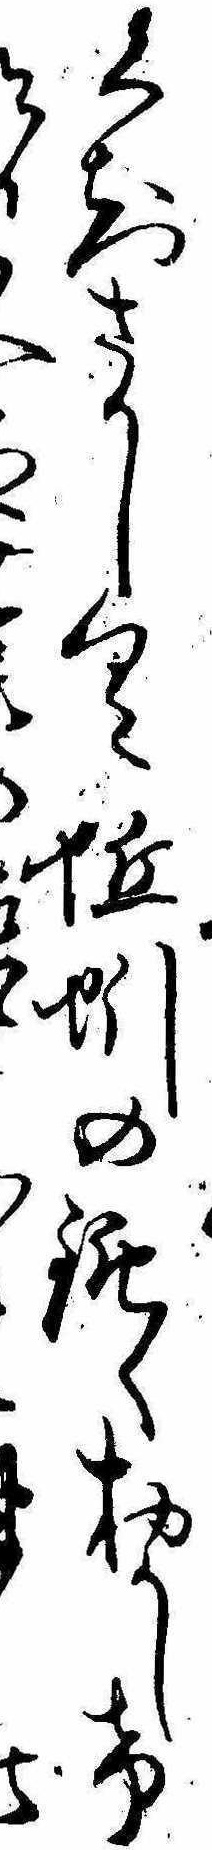
くちさかしく蚯蚓の鈍くおかしける